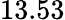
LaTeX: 13.53